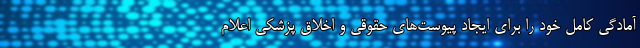
آمادگی کامل خود را برای ایجاد پیوست‌های حقوقی و اخلاق پزشکی اعلام